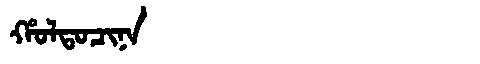
Manchu: ᡥᠣᠯᡨᠣᠴᡳᠨᠠ
Romanization: HOLTOCINA